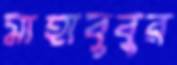
মাহাবুবুর